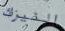
النيزك